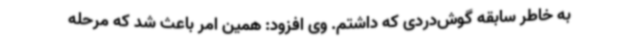
به خاطر سابقه گوش‌دردی که داشتم. وی افزود: همین امر باعث شد که مرحله